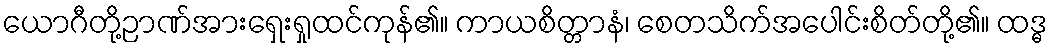
ယောဂီတို့ဉာဏ်အားရှေးရှုထင်ကုန်၏။ ကာယစိတ္တာနံ၊ စေတသိက်အပေါင်းစိတ်တို့၏။ ထဒ္ဓ